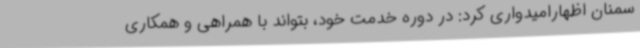
سمنان اظهارامیدواری کرد: در دوره خدمت خود، بتواند با همراهی و همکاری